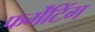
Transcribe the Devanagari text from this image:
फर्मेंटिंग